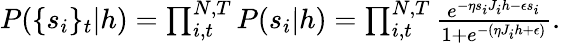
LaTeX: \begin{array}{r}{P(\{ s_{i}\} _{t}|h)=\prod_{i,t}^{N,T}P(s_{i}|h)=\prod_{i,t}^{N,T}\frac{e^{-\eta s_{i}J_{i}h-\epsilon s_{i}}}{1+e^{-(\eta J_{i}h+\epsilon)}}.}\end{array}